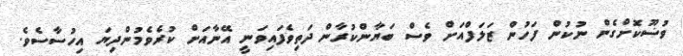
ވުޟޫކޮށްގެން ނުކުން ފަހުން ޒަލަފްއަށް ވެސް ބަޔާންކުރާން ދަތިވެފައިވަނީ އޭނާއަށް ކުރެވެމުންދިޔަ އިހުސާސެވެ.